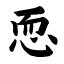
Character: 恧